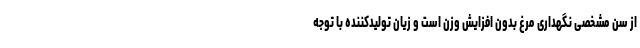
از سن مشخصی نگهداری مرغ بدون افزایش وزن است و زیان تولیدکننده با توجه